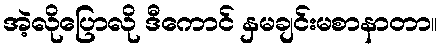
အဲ့လိုပြောလို ဒီကောင် နှမချင်းမစာနာတာ။